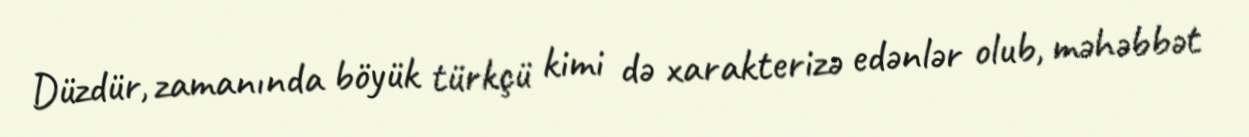
Düzdür, zamanında böyük türkçü kimi də xarakterizə edənlər olub, məhəbbət